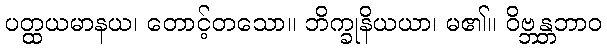
ပတ္ထယမာနယ၊ တောင့်တသော။ ဘိက္ခုနိယယာ၊ မ၏။ ဝိဗ္ဘန္တဘာဝ